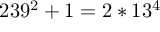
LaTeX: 2 3 9 ^ { 2 } + 1 = 2 * 1 3 ^ { 4 }